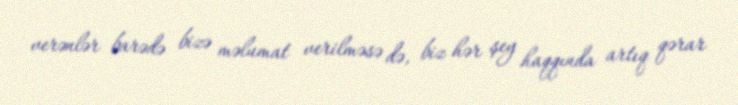
verənlər barədə bizə məlumat verilməsə də, biz hər şey haqqında artıq qərar